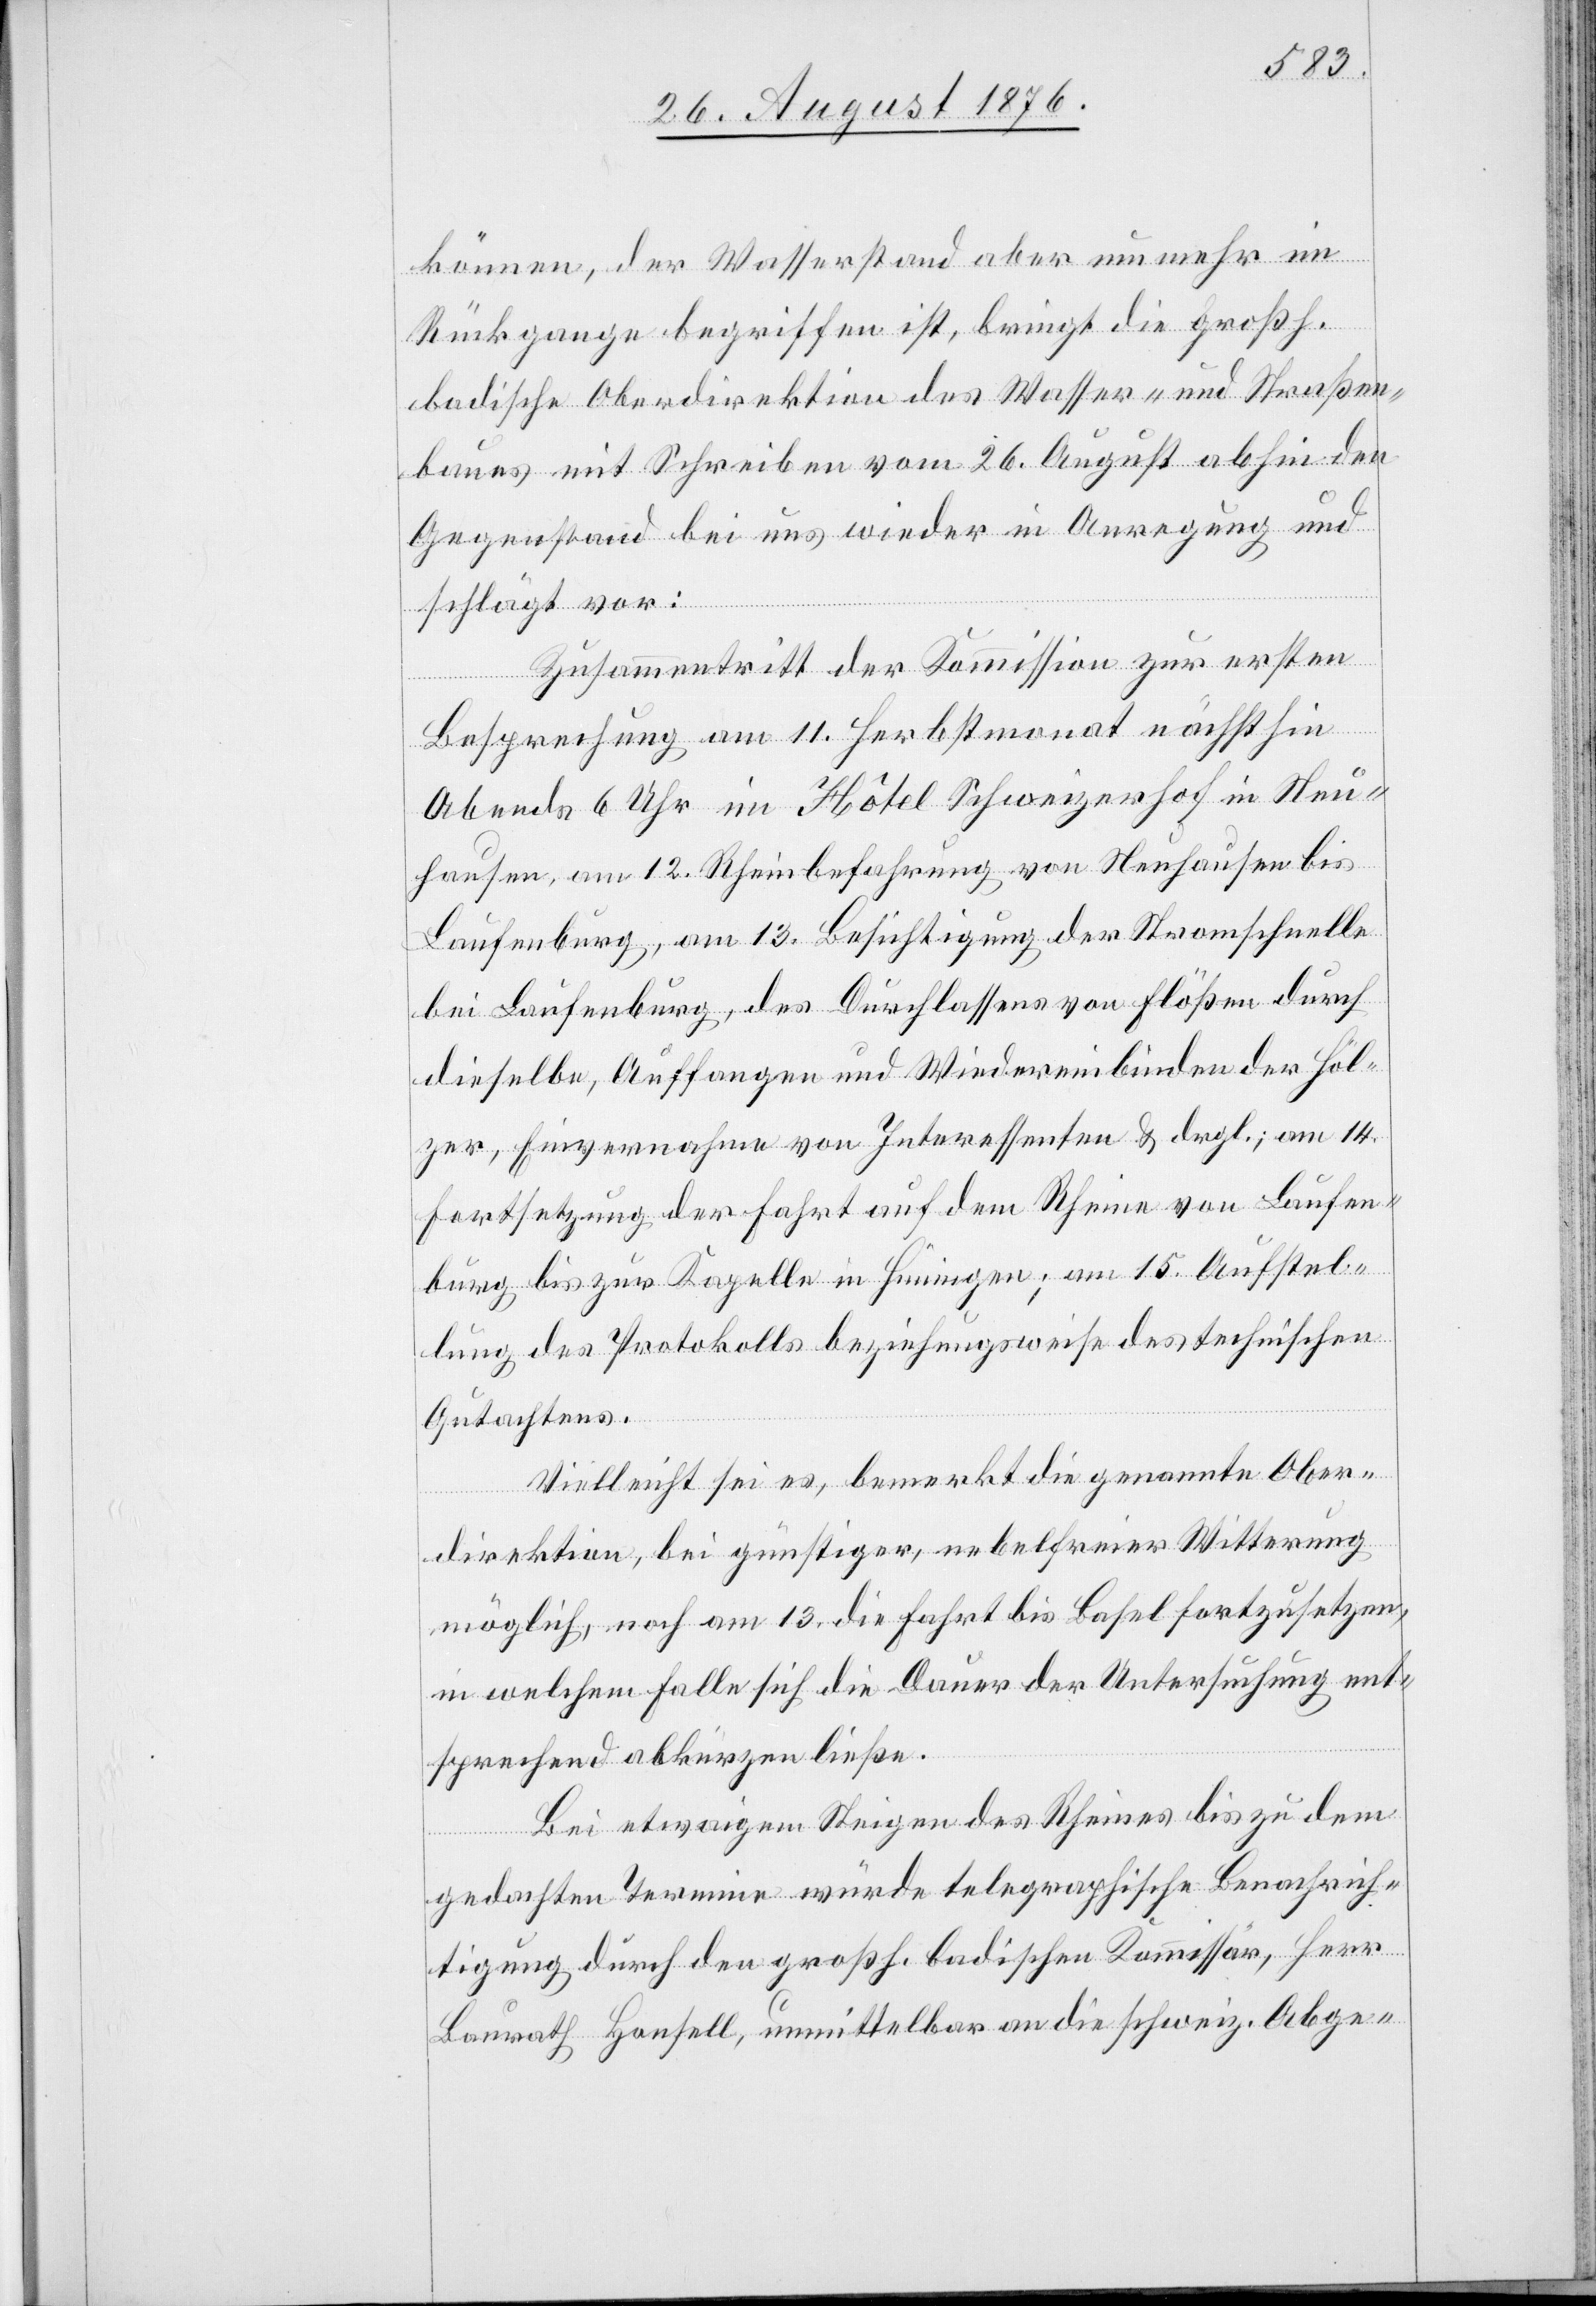
können, der Wasserstand aber nunmehr im
Rückgange begriffen ist, bringt die großh.
badische Oberdirektion des Wasser- und Straßen¬
baues mit Schreiben vom 26. August abhin den
Gegenstand bei uns wieder in Anregung und
schlägt vor:
Zusammentritt der Kommission zur ersten
Besprechung am 11. Herbstmonat nächsthin
Abends 6 Uhr im Hôtel Schweizerhof in Neu¬
hausen, am 12. Rheinbefahrung von Neuhausen bis
Laufenburg, am 13. Besichtigung der Stromschnelle
bei Laufenburg, des Durchlassens von Flößen durch
dieselbe, Auffangen und Wiedereinbinden der Höl¬
zer, Einvernahme von Interessenten & dergl.; am 14.
Fortsetzung der Fahrt auf dem Rhein von Laufen¬
burg bis zur Kapelle in Hüningen; am 15. Aufstel¬
lung des Protokolls beziehungsweise des technischen
Gutachtens.
Vielleicht sei es, bemerkt die genannte Ober¬
direktion bei günstiger, nebelfreier Witterung
möglich, noch am 13. die Fahrt bis Basel fortzusetzen,
in welchem Falle sich die Dauer der Untersuchung ent¬
sprechend abkürzen ließe.
Bei etwaigem Steigen des Rheines bis zu dem
gedachten Termine würde telegraphische Benachrich¬
tigung durch den großh. badischen Kommissär, Herr
Baurath Honfell, unmittelbar an die schweiz. Abge-